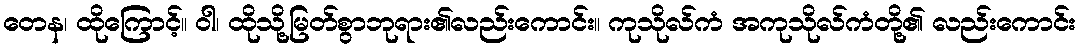
တေန၊ ထိုကြောင့်။ ဝါ၊ ထိုသို့မြတ်စွာဘုရား၏လည်းကောင်း။ ကုသိုလ်ကံ အကုသိုလ်ကံတို့၏ လည်းကောင်း